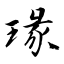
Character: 瑑